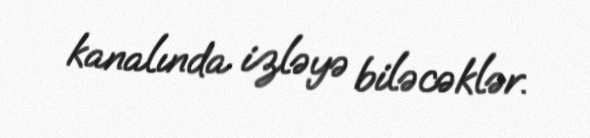
kanalında izləyə biləcəklər.